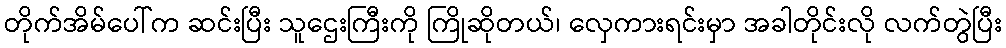
တိုက်အိမ်ပေါ်က ဆင်းပြီး သူဌေးကြီးကို ကြိုဆိုတယ်၊ လှေကားရင်းမှာ အခါတိုင်းလို လက်တွဲပြီး